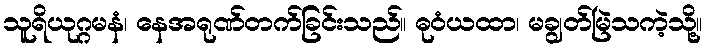
သူရိယုဂ္ဂမနံ၊ နေအရုဏ်တက်ခြင်းသည်။ ဓုဝံယထာ၊ မချွတ်မြဲသကဲ့သို့။